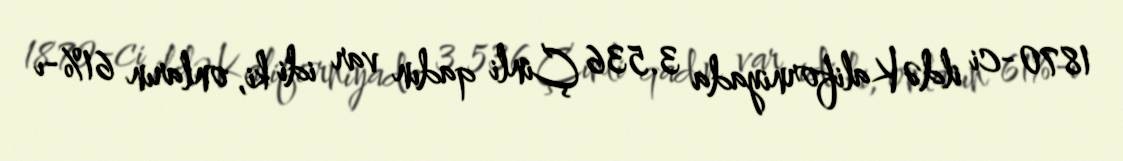
1870-ci ildə Kaliforniyada 3.536 Çinli qadın var idi ki, onların 61%-ı